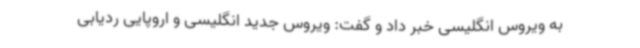
به ویروس انگلیسی خبر داد و گفت: ویروس جدید انگلیسی و اروپایی ردیابی